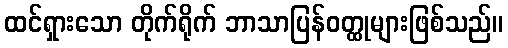
ထင်ရှားသော တိုက်ရိုက် ဘာသာပြန်ဝတ္ထုများဖြစ်သည်။